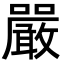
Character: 嚴